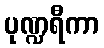
ပုဏ္ဍရီကာ